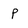
Character: P